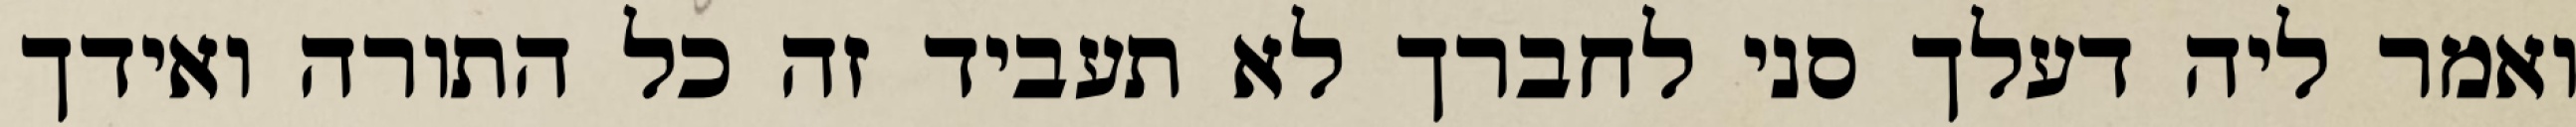
ואמר ליה דעלך סני לחברך לא תעביד זה כל התורה ואידך